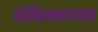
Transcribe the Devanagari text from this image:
संधिस्थानवर